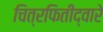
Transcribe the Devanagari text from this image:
चित्रफितीद्वारे